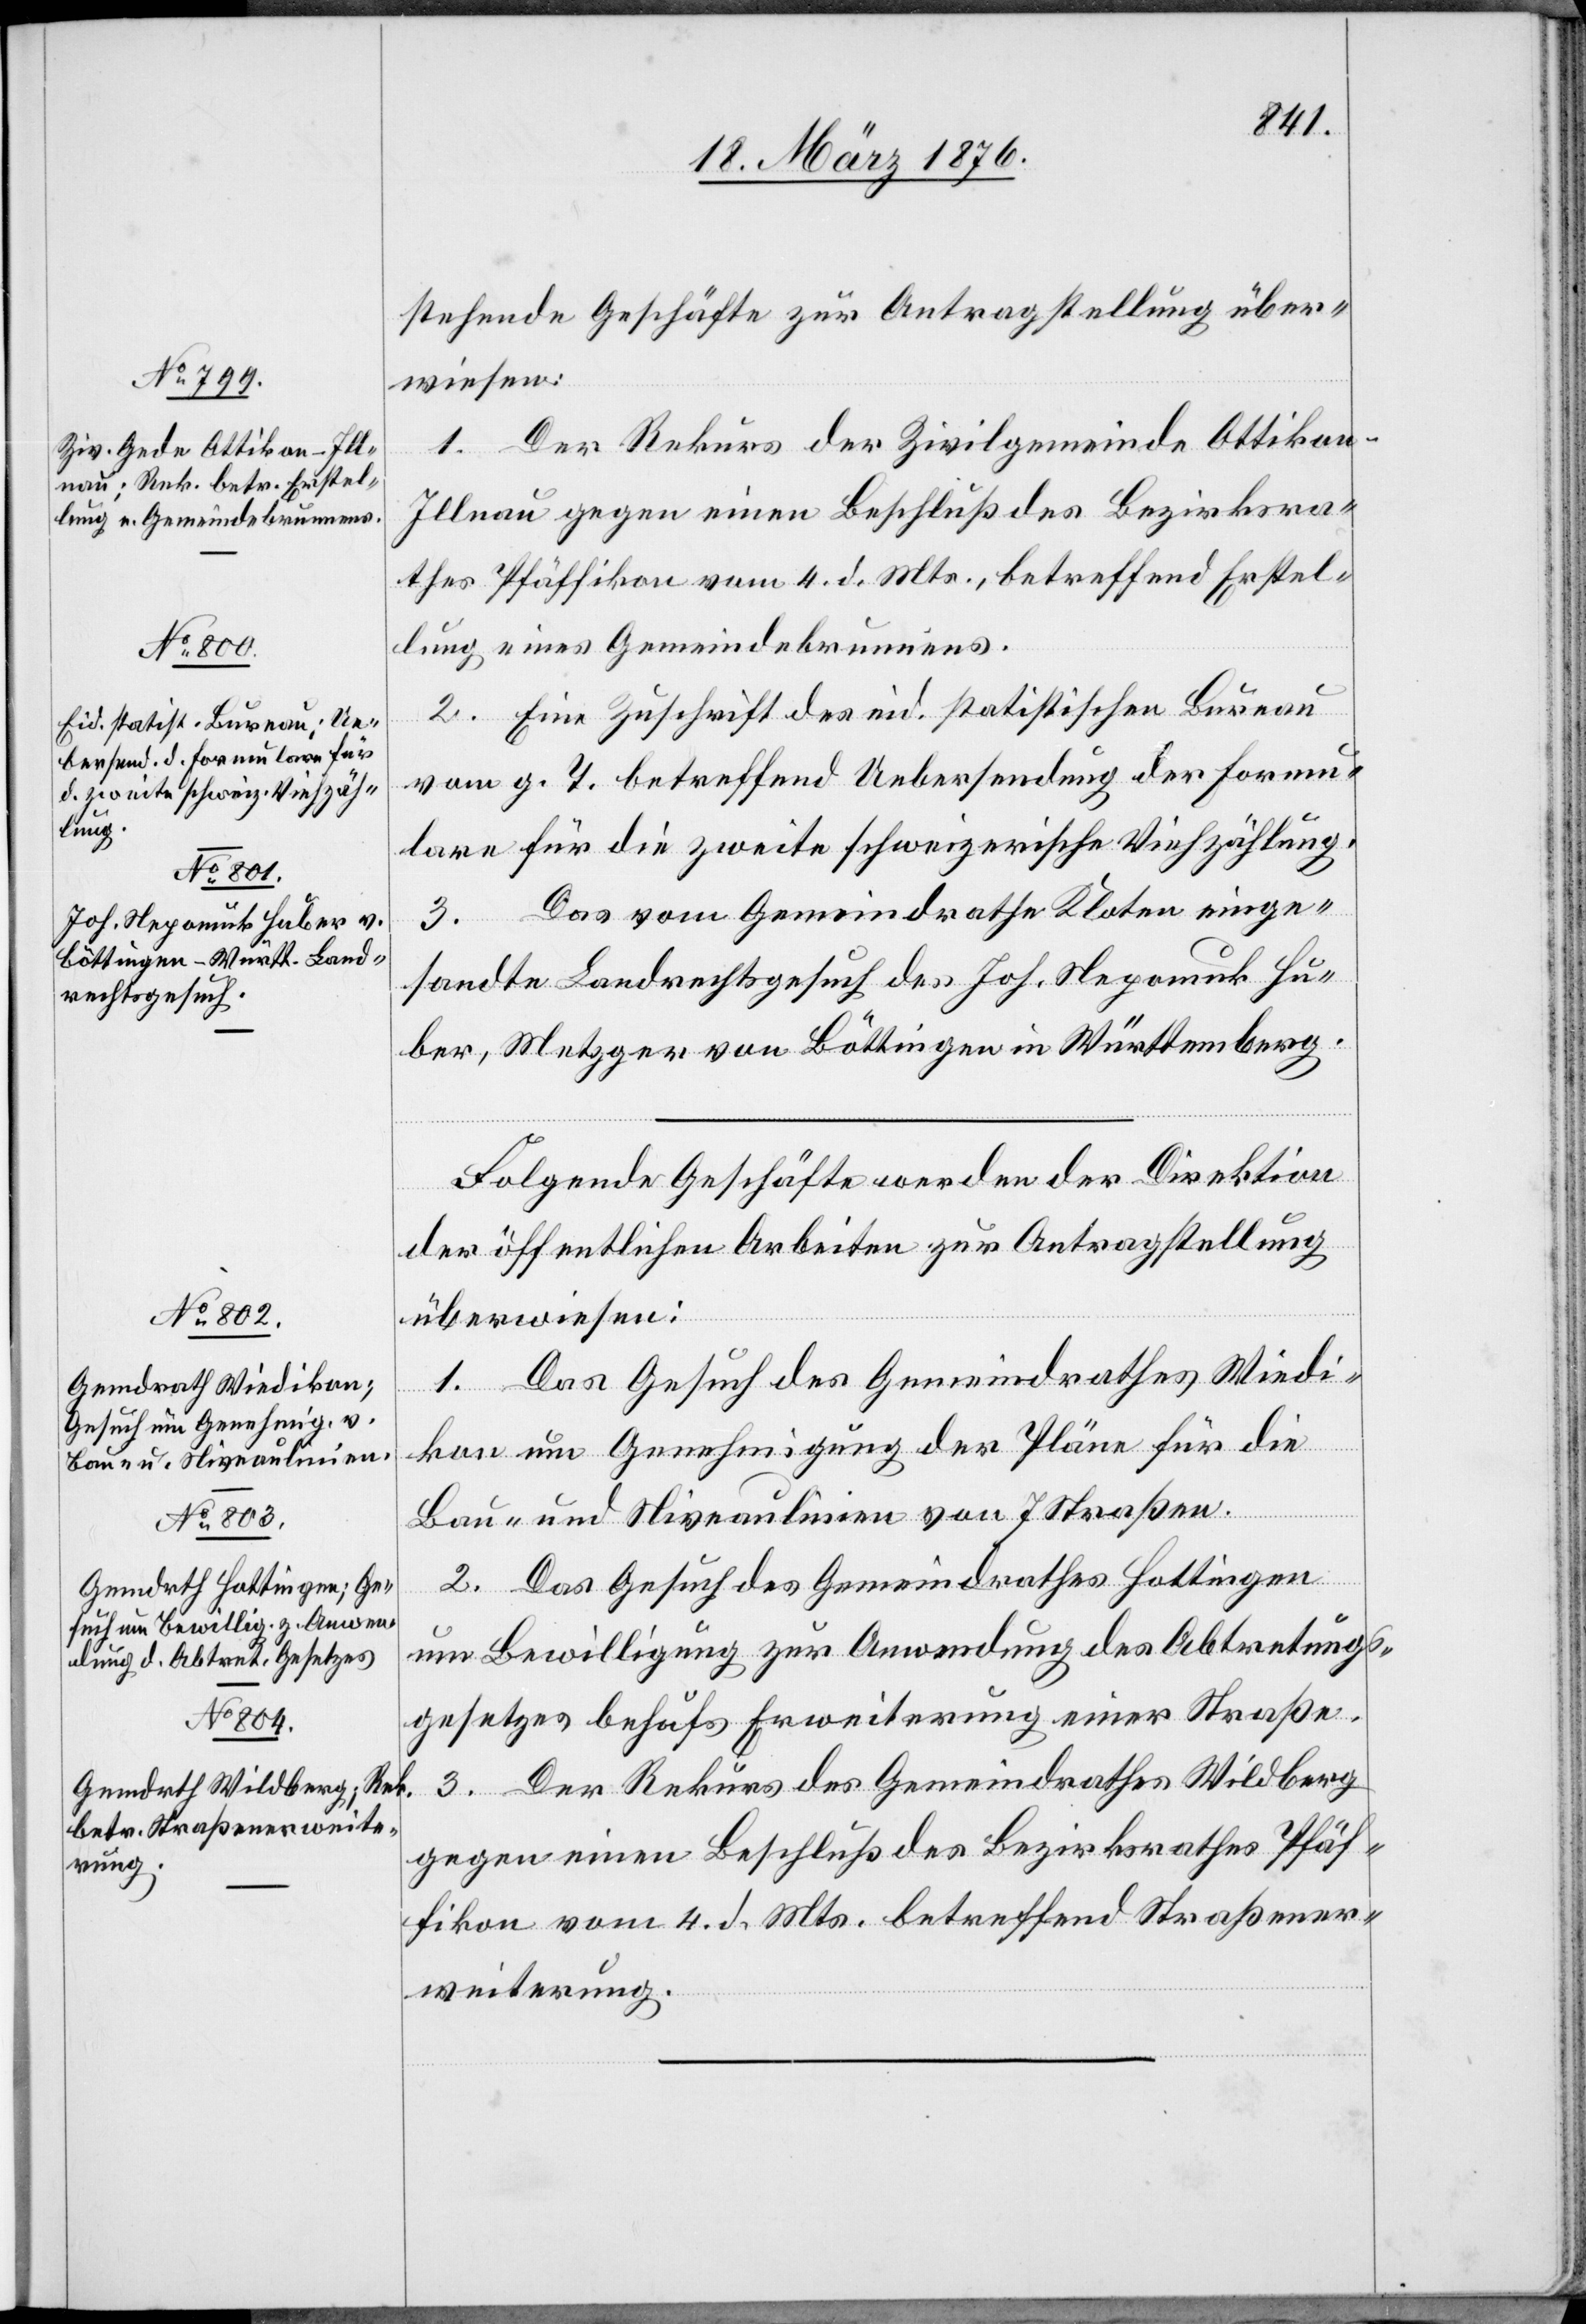
24. März 1876.]
stehende Geschäfte zur Antragstellung über¬
wiesen:
1. Der Rekurs der Zivilgemeinde Attikon-I¬
llnau gegen einen Beschluß des Bezirksra¬
thes Pfäffikon vom 4. d. Mts., betreffend Erstel¬
lung eines Gemeindebrunnens.
2. Eine Zuschrift des eid. statistischen Bureau
vom g. T. betreffend Uebersendung der Formu¬
lare für die zweite schweizerische Viehzählung.
3. Das vom Gemeindrathe Kloten einge¬
sandte Landrechtsgesuch des Joh. Nepomuk Hu¬
ber, Metzger von Böttingen in Württemberg.
Folgende Geschäfte werden der Direktion
der öffentlichen Arbeiten zur Antragstellung
überwiesen:
1. Das Gesuch des Gemeindrathes Wiedi¬
kon um Genehmigung der Pläne für die
Bau- und Niveaulinien von 7 Straßen.
2. Das Gesuch des Gemeindrath Hottingen
um Bewilligung zur Anwendung des Abtretungs¬
gesetzes behufs Erweiterung einer Straße.
3. Der Rekurs des Gemeindrathes Wildberg
gegen einen Beschluß des Bezirksrathes Pfäf¬
fikon vom 4. d. Mts. betreffend Straßener¬
weiterung.